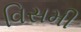
વિસમી